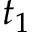
t _ { 1 }